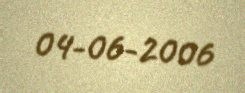
04-06-2006